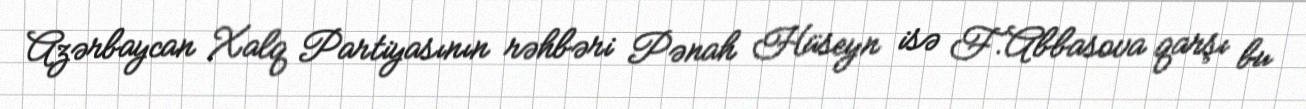
Azərbaycan Xalq Partiyasının rəhbəri Pənah Hüseyn isə F.Abbasova qarşı bu